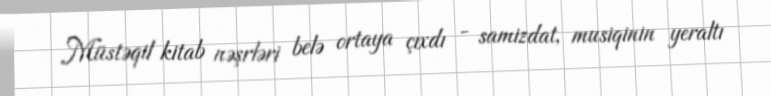
Müstəqil kitab nəşrləri belə ortaya çıxdı - samizdat, musiqinin yeraltı